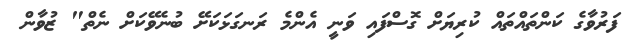
ފަރުވާގެ ކަންތައްތައް ކުރިޔަށް ގޮސްފައި ވަނީ އެންމެ ރަނގަޅަކަށޭ ބުނެވޭކަށް ނެތް" ޒުވާން